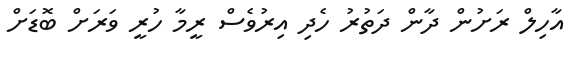
އާހިލް ރަށުން ދާން ދަތުރު ހެދި އިރުވެސް ރީމާ ހުރީ ވަރަށް ބޮޑަށް